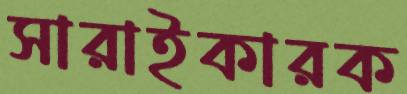
সারাইকারক